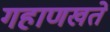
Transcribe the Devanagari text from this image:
गहाणखते